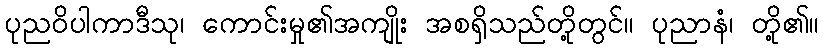
ပုညဝိပါကာဒီသု၊ ကောင်းမှု၏အကျိုး အစရှိသည်တို့တွင်။ ပုညာနံ၊ တို့၏။